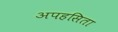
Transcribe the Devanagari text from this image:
अपहसिता